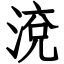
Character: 渷